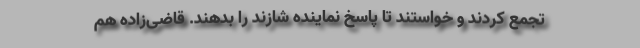
تجمع کردند و خواستند تا پاسخ نماینده شازند را بدهند. قاضی‌زاده هم